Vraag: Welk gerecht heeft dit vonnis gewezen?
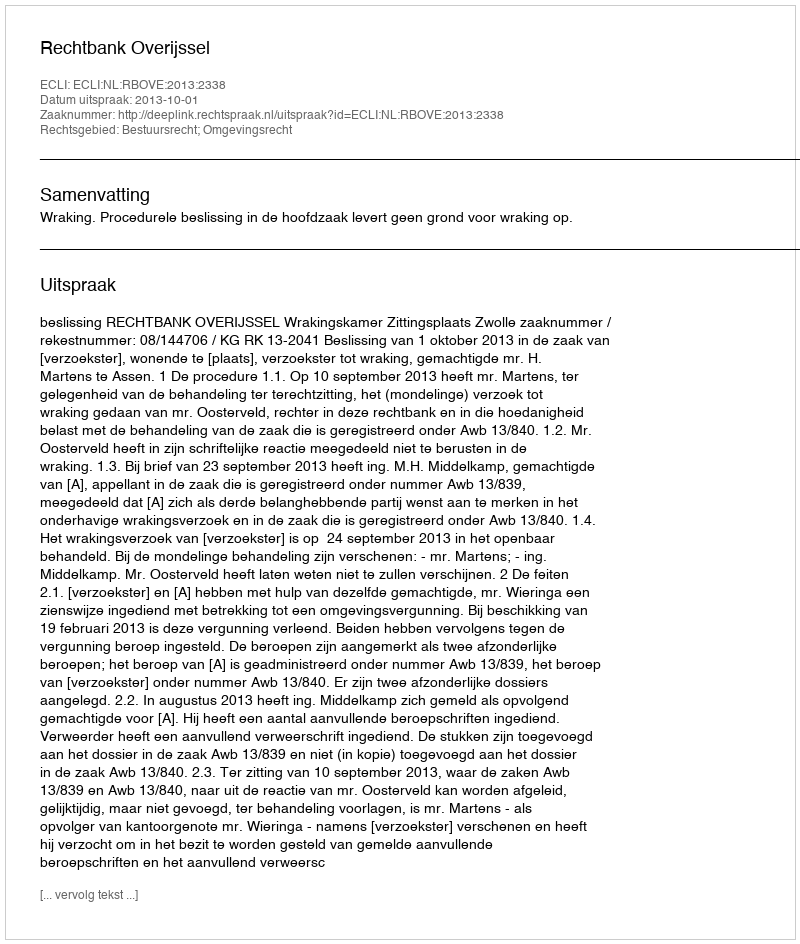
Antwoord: Rechtbank Overijssel